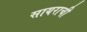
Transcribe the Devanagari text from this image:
सायराची